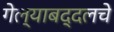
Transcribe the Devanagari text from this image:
गेल्याबद्दलचे